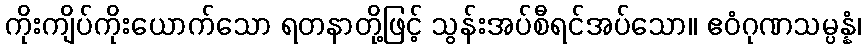
ကိုးကျိပ်ကိုးယောက်သော ရတနာတို့ဖြင့် သွန်းအပ်စီရင်အပ်သော။ ဧဝံဂုဏသမ္ပန္နံ၊